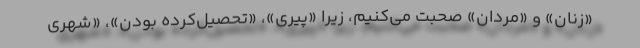
«زنان» و «مردان» صحبت می‌کنیم، زیرا «پیری»، «تحصیل‌کرده بودن»، «شهری